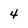
Character: 4